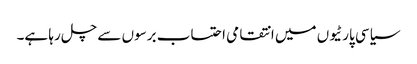
سیاسی پارٹیوں میں انتقامی احتساب برسوں سے چل رہا ہے۔